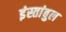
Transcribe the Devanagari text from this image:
इंस्तांबुल